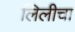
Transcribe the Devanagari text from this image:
लिलीचा